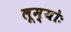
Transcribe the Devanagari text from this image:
लूम्योः